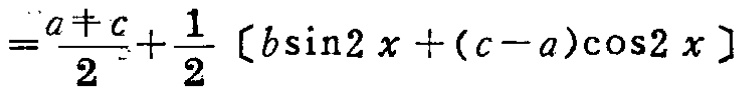
$=\frac{a + c}{2}+\frac{1}{2}[b\sin2x+(c - a)\cos2x]$